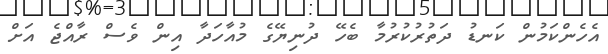
އެހެންކަމުން ކަނޑު ދަތުރުކުރުމާ ބެހޭ ދުނިޔޭގެ މުއާހަދާ އިން ވެސް ރާއްޖެ އަށް